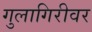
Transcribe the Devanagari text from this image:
गुलागिरीवर